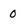
Character: 0